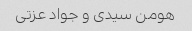
هومن سیدی و جواد عزتی